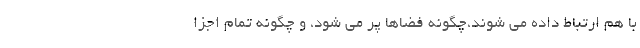
با هم ارتباط داده می شوند،چگونه فضاها پر می شود، و چگونه تمام اجزا